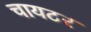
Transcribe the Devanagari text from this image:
चायटर